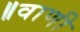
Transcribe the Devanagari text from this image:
॥वाणी